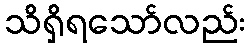
သိရှိရသော်လည်း